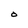
Character: O